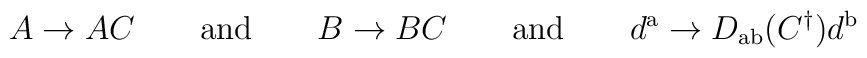
A \rightarrow AC\qquad{\mathrm{and}}\qquad B \rightarrow BC\qquad{\mathrm{and}}\qquad d^{\mathrm{a}} \rightarrow D_{\mathrm{ab}}(C^\dagger) d^{\mathrm{b}}